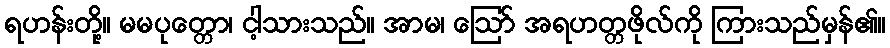
ရဟန်းတို့။ မမပုတ္တော၊ ငါ့သားသည်။ အာမ၊ ဩော် အရဟတ္တဖိုလ်ကို ကြားသည်မှန်၏။